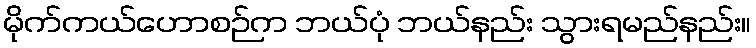
မိုက်ကယ်ဟောစဉ်က ဘယ်ပုံ ဘယ်နည်း သွားရမည်နည်း။